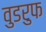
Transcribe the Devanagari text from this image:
वुडरुफ